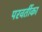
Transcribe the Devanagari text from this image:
परवर्तीका